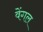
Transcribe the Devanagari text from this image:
वेंगल